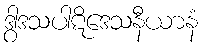
ဒွါဒသပါဋိဒေသနီယာနံ